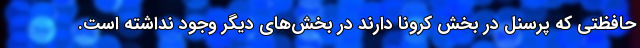
حافظتی که پرسنل در بخش کرونا دارند در بخش‌های دیگر وجود نداشته است.